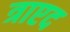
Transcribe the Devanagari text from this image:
त्राएद